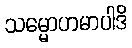
သမ္မောဟမာပါဒိ